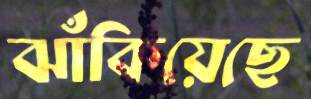
ঝাঁকিয়েছে